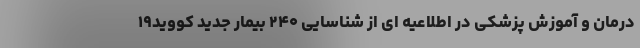
درمان و آموزش پزشکی در اطلاعیه ای از شناسایی ۲۴۰ بیمار جدید کووید۱۹